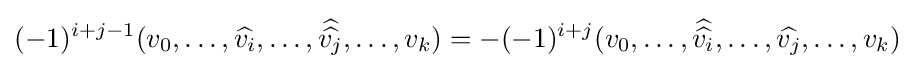
(-1)^{i+j-1}(v_{0},\dots ,{\widehat {v_{i}}},\dots ,{\widehat {\widehat {v_{j}}}},\dots ,v_{k})=-(-1)^{i+j}(v_{0},\dots ,{\widehat {\widehat {v_{i}}}},\dots ,{\widehat {v_{j}}},\dots ,v_{k})